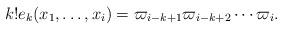
LaTeX: \begin{align*} k! e_k(x_1,\ldots,x_i) = \varpi_{i-k+1}\varpi_{i-k+2}\cdots\varpi_{i} .\end{align*}